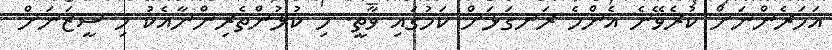
އަހަރެންނަށް ކުރެވޭނެ އެންމެ ރަނގަޅަށް ކަމުގައި ވާތީ. މި ކުޅުންތެރިންނާއެކު މި ސީޒަނަށް